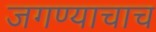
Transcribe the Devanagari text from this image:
जगण्याचाच